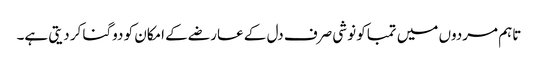
تاہم مردوں میں تمباکو نوشی صرف دل کے عارضے کے امکان کو دوگنا کر دیتی ہے۔